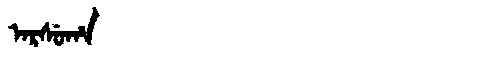
Manchu: ᠠᡵᠰᡠᡥᠠ
Romanization: ARSUHA